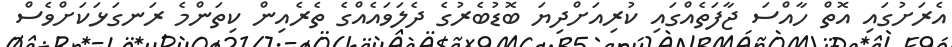
އެރަށުގައި އޮތް ހާއްސަ ޖާފަތެއްގައި ކުރިއަށްދިޔަ ބޮޑުބެރުގެ ދެލަވައެއްގެ ތެރެއިން ކިތަންމެ ރަނގަޅަކަށްވެސް